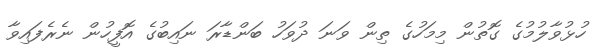
ހުޅުވާލުމުގެ ގޮތުން މިމަހުގެ ތިން ވަނަ ދުވަހު ބަންޑާރަ ނައިބުގެ އޮފީހުން ނެރެފައިވާ